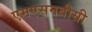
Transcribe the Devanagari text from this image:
एमएसनबीसी